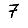
Digit: 7